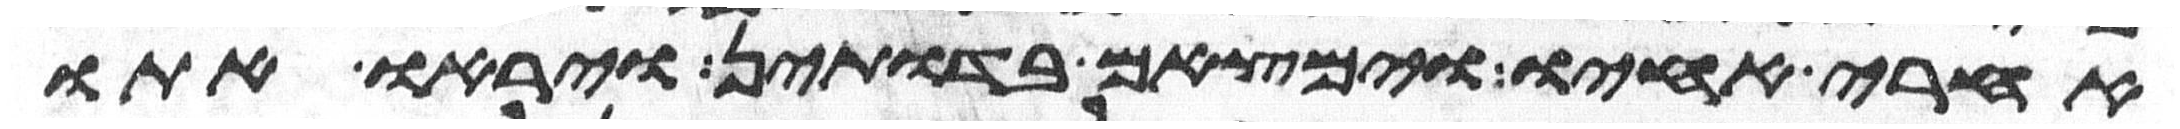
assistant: אחרי אחיו וימצאם בדותין ויראו אתו